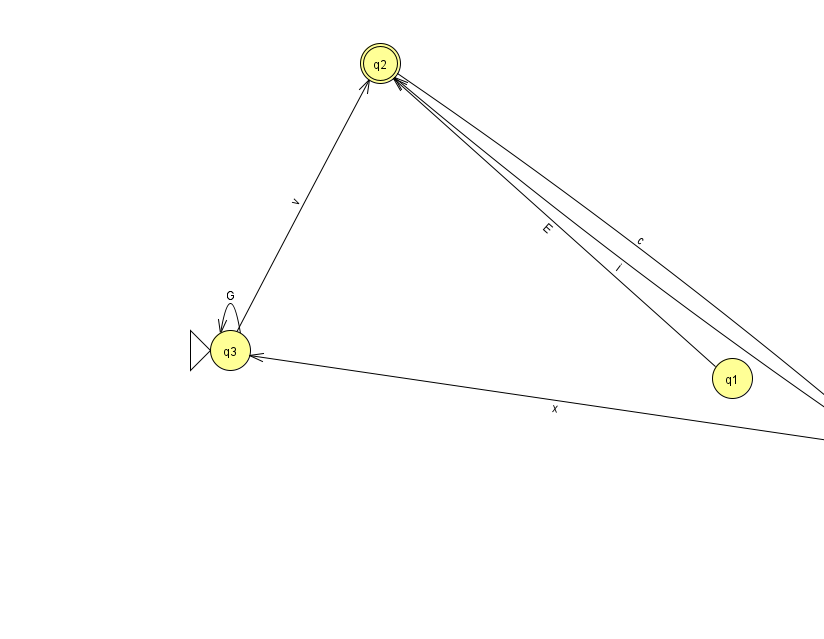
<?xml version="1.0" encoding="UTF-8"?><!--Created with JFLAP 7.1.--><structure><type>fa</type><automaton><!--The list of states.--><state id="0" name="q0"><x>882.0</x><y>432.0</y></state><state id="1" name="q1"><x>732.0</x><y>365.0</y></state><state id="2" name="q2"><x>380.0</x><y>50.0</y><final/></state><state id="3" name="q3"><x>230.0</x><y>337.0</y><initial/></state><!--The list of transitions.--><transition><from>2</from><to>0</to><read>c</read></transition><transition><from>3</from><to>2</to><read>v</read></transition><transition><from>3</from><to>3</to><read>G</read></transition><transition><from>0</from><to>0</to><read>Z</read></transition><transition><from>1</from><to>2</to><read>E</read></transition><transition><from>0</from><to>3</to><read>x</read></transition><transition><from>0</from><to>2</to><read>i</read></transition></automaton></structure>